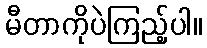
မီတာကိုပဲကြည့်ပါ။